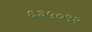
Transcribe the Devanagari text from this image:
६३५०९२